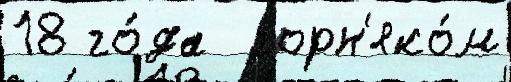
18 го́да  горн'яко́м